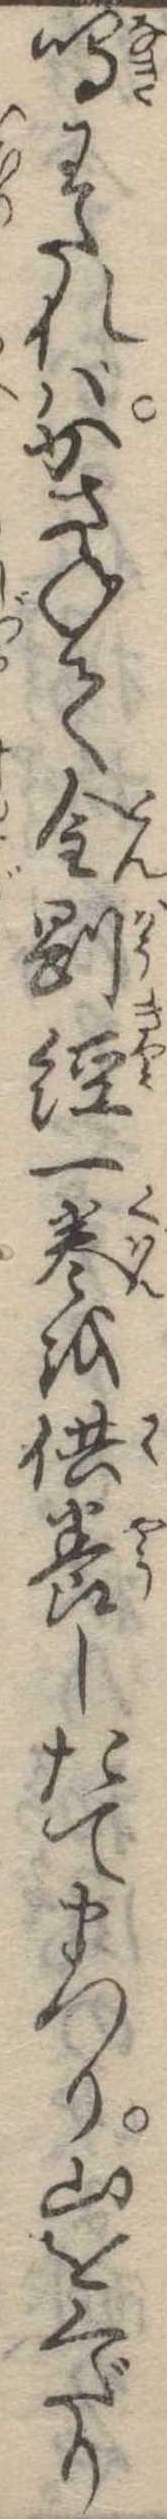
鳴わたればかさねて金剛経一巻を供養したてまつり山をくだり